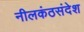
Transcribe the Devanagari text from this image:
नीलकंठसंदेश